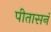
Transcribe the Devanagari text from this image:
पीतासनं